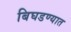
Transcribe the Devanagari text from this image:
बिघडण्यात